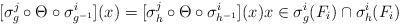
LaTeX: \begin{align*}[\sigma_g^j \circ \Theta \circ \sigma_{g^{-1}}^i](x) = [\sigma_h^j \circ \Theta \circ \sigma_{h^{-1}}^i](x) x \in \sigma^i_g(F_i) \cap \sigma^i_h(F_i)\end{align*}